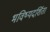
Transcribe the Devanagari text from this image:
भविष्यदर्शिता